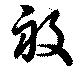
般